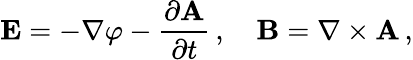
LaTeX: \mathbf{E}=-\nabla\varphi-{\frac{\partial\mathbf{A}}{\partial t}}\, ,\quad\mathbf{B}=\nabla\times\mathbf{A}\, ,